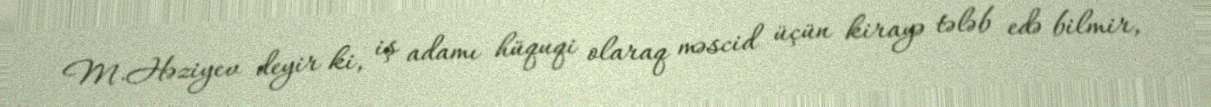
M.Həziyev deyir ki, iş adamı hüquqi olaraq məscid üçün kirayə tələb edə bilmir,